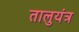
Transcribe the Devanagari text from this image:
तालुयंत्र